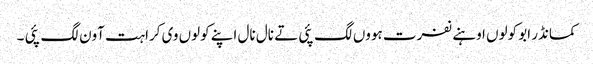
کمانڈر ابو کولوں اوہنے نفرت ہووں لگ پئی تے نال نال اپنے کولوں وی کراہت آون لگ پئی ۔